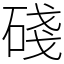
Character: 碊